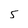
Character: 5